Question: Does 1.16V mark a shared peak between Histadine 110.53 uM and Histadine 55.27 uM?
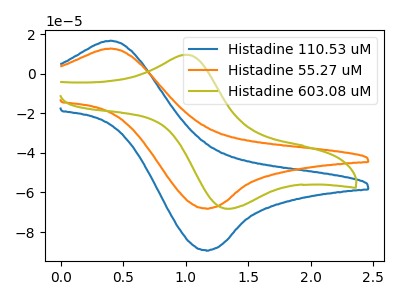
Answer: <think>The blue curve "Histadine 110.53 uM" has an anodic peak at (0.40V, 16.75uA) and a cathodic peak at (1.15V, -89.20uA). The orange curve "Histadine 55.27 uM" has an anodic peak at (0.40V, 12.75uA) and a cathodic peak at (1.15V, -68.05uA). The olive curve "Histadine 603.08 uM" has an anodic peak at (1.00V, 9.65uA) and a cathodic peak at (1.35V, -68.20uA).</think>
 <answer>Yes, "Histadine 110.53 uM" and "Histadine 55.27 uM" share a peak at 1.16V.</answer>
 <eval>match</eval>